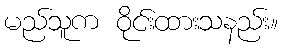
မည်သူက ဝိုင်းထားသနည်း။